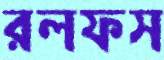
রলফস